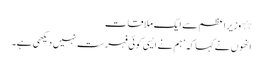
٭ وزیراعظم سے ایک ملاقات
انھوں نے کہا کہ ’ہم نے ایسی کوئی فہرست نہیں دیکھی ہے۔